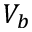
V _ { b }